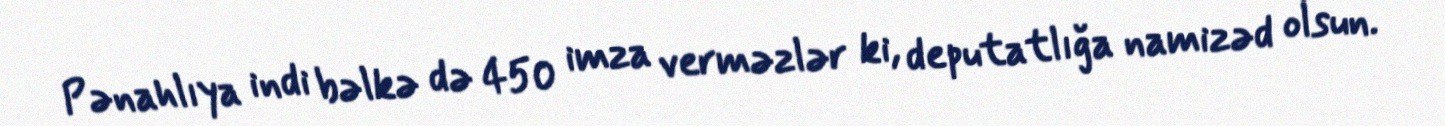
Pənahlıya indi bəlkə də 450 imza verməzlər ki, deputatlığa namizəd olsun.